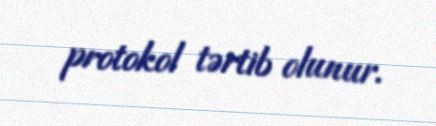
protokol tərtib olunur.